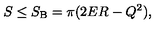
S \le S _ { \mathrm { B } } = \pi ( 2 E R - Q ^ { 2 } ) ,